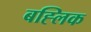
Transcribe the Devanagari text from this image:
बह्लिक